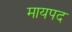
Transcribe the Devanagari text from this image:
मायपद